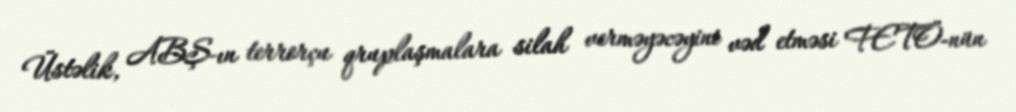
Üstəlik, ABŞ-ın terrorçu qruplaşmalara silah verməyəcəyini vəd etməsi FETÖ-nün